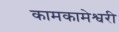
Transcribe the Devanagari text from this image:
कामकामेश्वरी